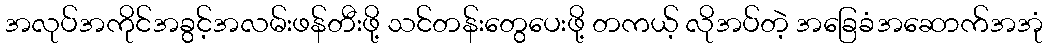
အလုပ်အကိုင်အခွင့်အလမ်းဖန်တီးဖို့ သင်တန်းတွေပေးဖို့ တကယ့် လိုအပ်တဲ့ အခြေခံအဆောက်အအုံ